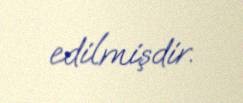
edilmişdir.